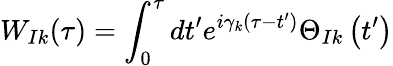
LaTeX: W_{Ik}(\tau)=\int_{0}^{\tau}dt^{\prime}e^{i{{\gamma}_{k}}\left(\tau-t^{\prime}\right)}{{\Theta}_{Ik}}\left(t^{\prime}\right)